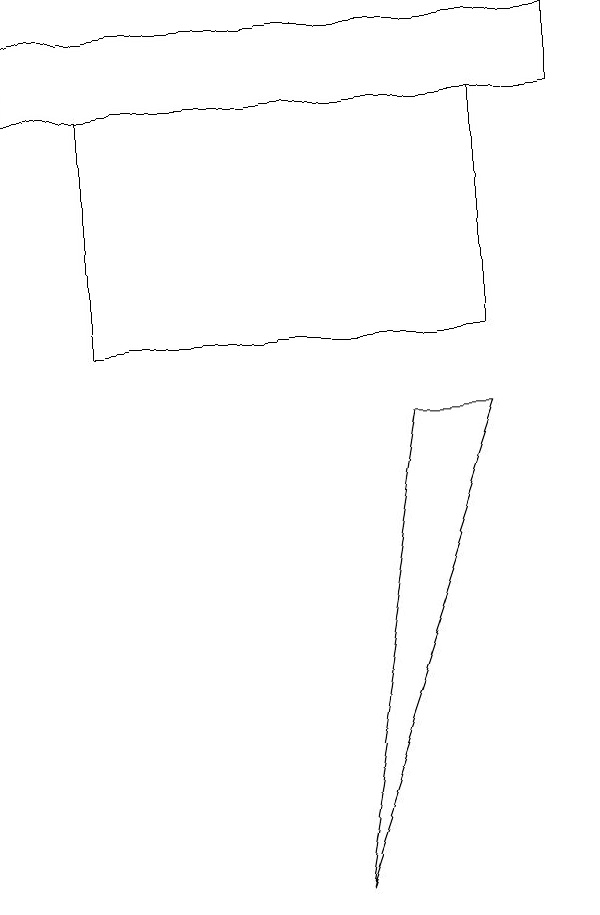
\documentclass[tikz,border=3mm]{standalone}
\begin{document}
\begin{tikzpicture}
\draw (7,14) rectangle (0,13);
\draw (6,10) rectangle (1,13);
\draw (5,9) -- (4,3) -- (6,9) -- cycle;
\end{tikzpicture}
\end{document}